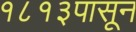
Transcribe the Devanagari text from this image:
१८१३पासून